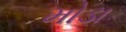
મોડા